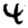
Digit: 4